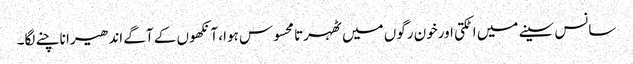
سانس سینے میں اٹکتی اورخون رگوں میں ٹھہرتا محسوس ہوا، آنکھوں کے آگے اندھیرا ناچنے لگا۔